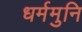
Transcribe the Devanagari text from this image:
धर्ममुनि